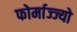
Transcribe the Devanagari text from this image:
फोर्माज्ज्यो